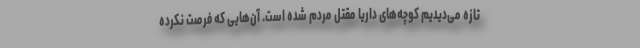
تازه می‌دیدیم کوچه‌های داریا مقتل مردم شده است. آن‌هایی که فرصت نکرده